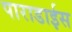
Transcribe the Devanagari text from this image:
पाराडाईस